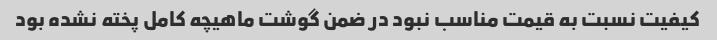
کیفیت نسبت به قیمت مناسب نبود در ضمن گوشت ماهیچه کامل پخته نشده بود